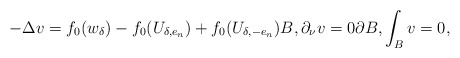
\begin{align*}-\Delta v=f_0(w_\delta)-f_0(U_{\delta,e_n})+f_0(U_{\delta,-e_n}) {B},\partial_\nu v=0 \partial {B},\int_{B} v=0,\end{align*}